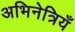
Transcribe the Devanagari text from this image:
अभिनेत्रियँ